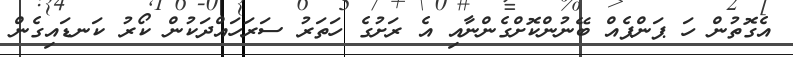
އެގޮތުން ހަ ޕަންޕެއް ބޭނުންކޮށްގެންނާއި އެ ރަށުގެ ހަތަރު ސަރަހައްދަކުން ކޯރު ކަނޑައިގެން